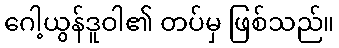
ဂေါ့ယွန်ဒူဝါ၏ တပ်မှ ဖြစ်သည်။